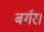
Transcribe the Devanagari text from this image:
बर्गर।